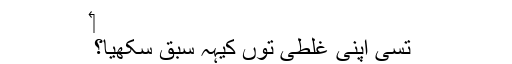
‏
تُسی اپنی غلطی توں کیہہ سبق سکھیا؟